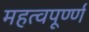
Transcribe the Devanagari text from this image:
महत्वपूर्ण्ण